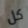
كل